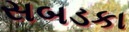
સબડકા